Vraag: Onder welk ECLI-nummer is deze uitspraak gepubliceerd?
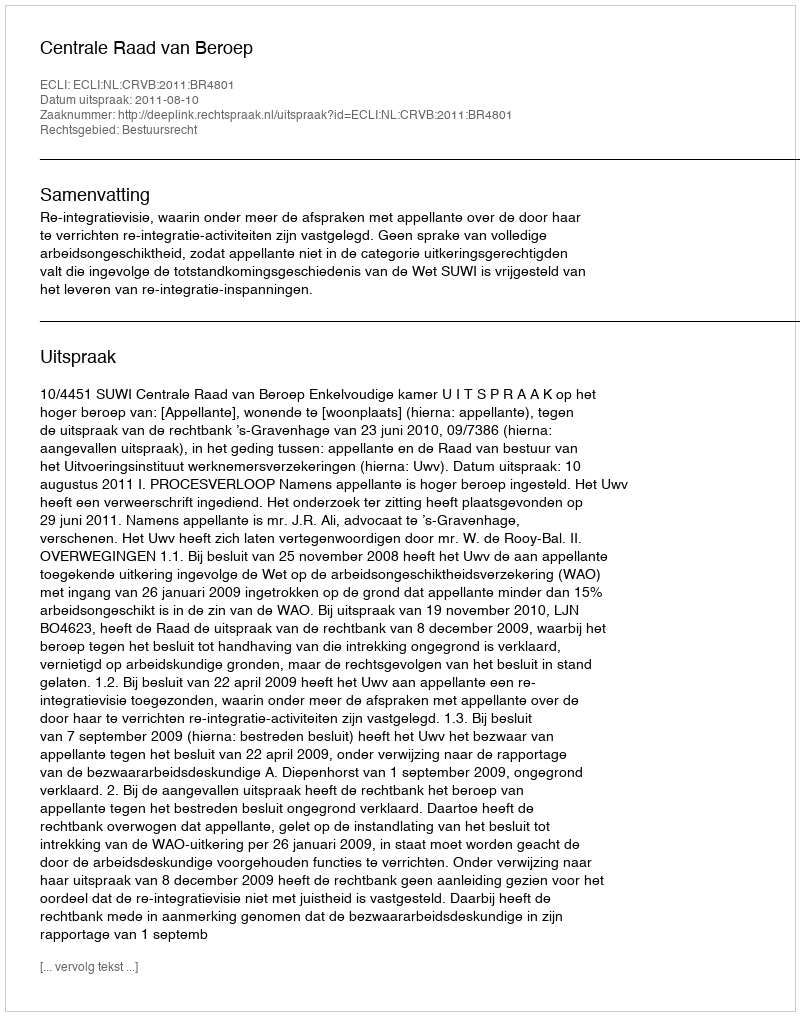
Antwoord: ECLI:NL:CRVB:2011:BR4801